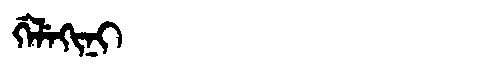
Manchu: ᡤᡝᠯᡝᡴᡳᠨᡳ
Romanization: GELEKINI